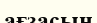
ағзасын